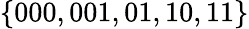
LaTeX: \{ 000,001,01,10,11\}